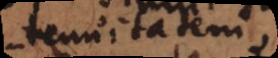
tenuitatem,